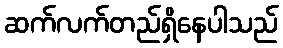
ဆက်လက်တည်ရှိနေပါသည်